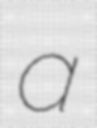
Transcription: a